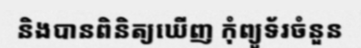
និងបានពិនិត្យឃើញ កុំព្យូទ័រចំនួន